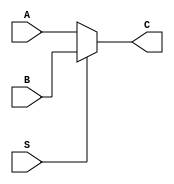

`timescale 1ns/1ns

module MUX2x1(input A, input B,input S, output C);

assign C=(S)?B:A;

endmodule